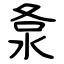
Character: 洜